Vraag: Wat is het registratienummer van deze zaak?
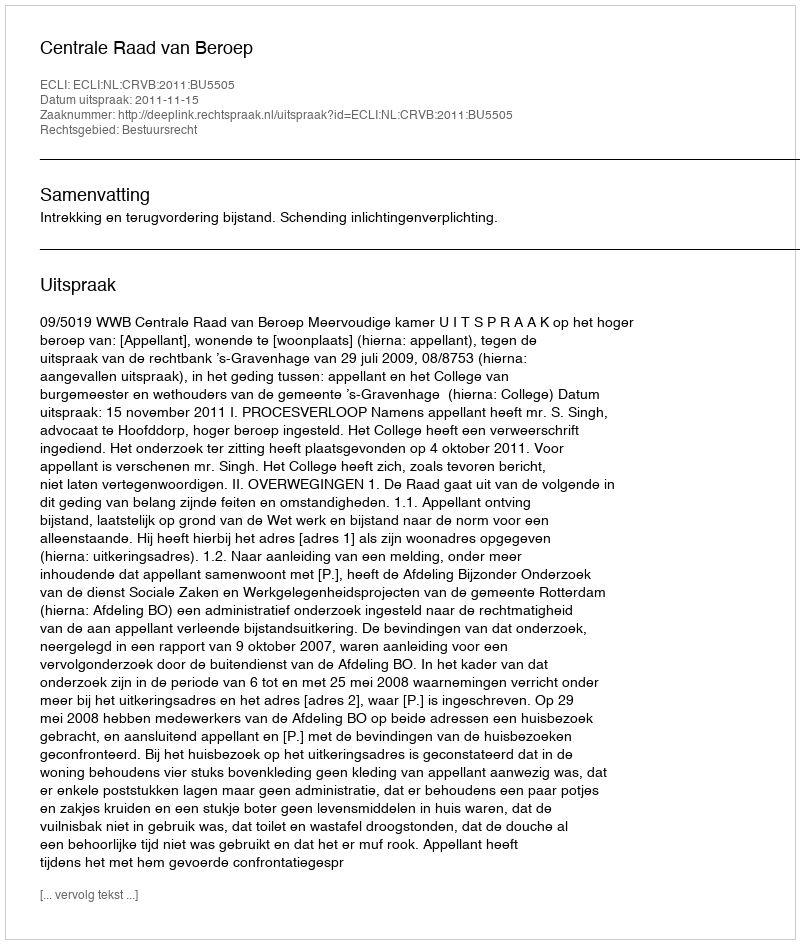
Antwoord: http://deeplink.rechtspraak.nl/uitspraak?id=ECLI:NL:CRVB:2011:BU5505